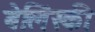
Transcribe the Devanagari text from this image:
बेलिंस्की